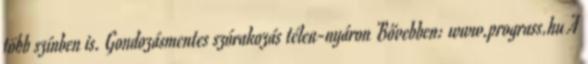
több színben is. Gondozásmentes szórakozás télen-nyáron Bővebben: www.prograss.hu A